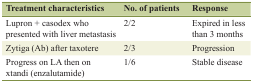
<table><thead><tr><td><b>Treatment characteristics</b></td><td><b>No. of patients</b></td><td><b>Response</b></td></tr></thead><tbody><tr><td>Lupron + casodex who presented with liver metastasis</td><td>2/2</td><td>Expired in less than 3 months</td></tr><tr><td>Zytiga (Ab) after taxotere</td><td>2/3</td><td>Progression</td></tr><tr><td>Progress on LA then on xtandi (enzalutamide)</td><td>1/6</td><td>Stable disease</td></tr></tbody></table>